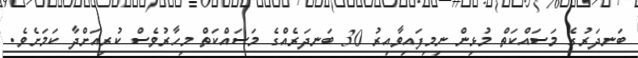
ބަނދަރުގެ މަސައްކަތް މުޅިން ނިމިފައިވާއިރު 30 ބަނދަރެއްގެ މަސައްކަތް މިހާރުވެސް ކުރިއަށްދާ ކަމަށެވެ.